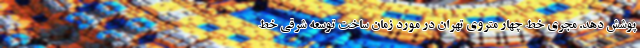
پوشش دهد. مجری خط چهار متروی تهران در مورد زمان ساخت توسعه شرقی خط